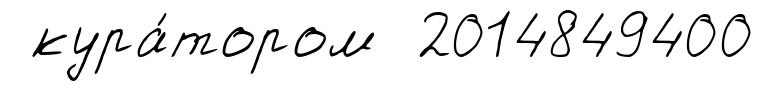
кура́тором 2014849400